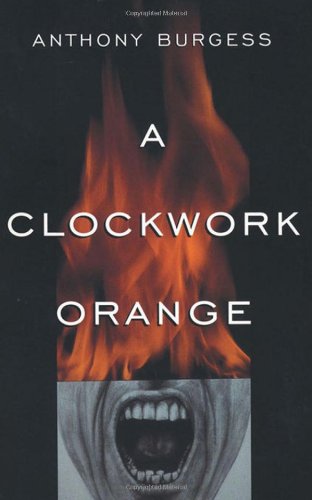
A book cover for A Clockwork Orange; Anthony Burgess; Science Fiction & Fantasy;